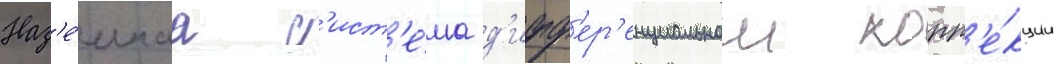
Наз'е́мнаа с'ист'е́ма д'ифф'ер'енциальнои корр'е́кции